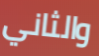
والثاني